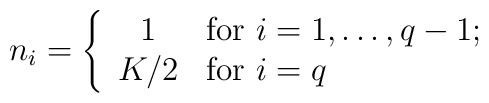
n_i = \left\{ \begin{array}{cl}                  1 & \mbox{for $i=1,\dots,q-1;$} \\                  K/2 & \mbox{for $i=q$}              \end{array} \right.